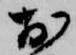
お